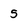
Character: 5